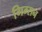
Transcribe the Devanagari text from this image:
गिम्सन